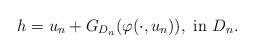
LaTeX: \begin{align*} h=u_n+G_{D_n}(\varphi(\cdot,u_n)), \hbox{ in }D_n.\end{align*}